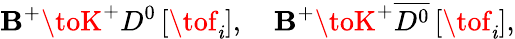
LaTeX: \mathbf{B}^{+}\toK^{+}D^{0}\, [\tof_{\mathit{i}}],\quad\mathbf{B}^{+}\toK^{+}\overline{{{{D^{0}}}}}\, [\tof_{\mathit{i}}],